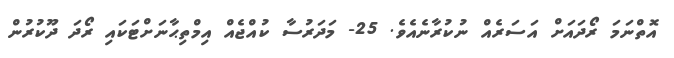
އޮތްނަމަ ރޯދައަށް އަސަރެއް ނުކުރާނެއެވެ. 25- މަދަރުސާ ކުއްޖެއް އިމްތިޙާނަށްޓަކައި ރޯދަ ދޫކުރުން